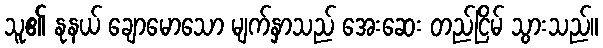
သူ၏ နုနယ် ချောမောသော မျက်နှာသည် အေးဆေး တည်ငြိမ် သွားသည်။